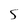
Character: S